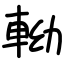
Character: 軪